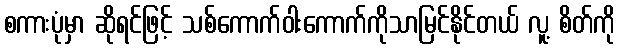
စကားပုံမှာ ဆိုရင်ဖြင့် သစ်ကောက်ဝါးကောက်ကိုသာမြင်နိုင်တယ် လူ့ စိတ်ကို